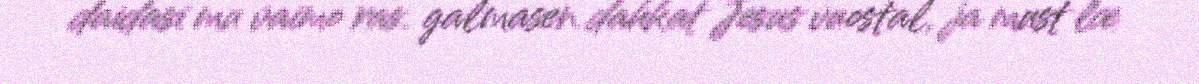
daidasi mu vaimo ras. galmasen dakkat Jesus vuostal, ja must læ